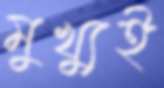
মুখ্যুই